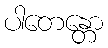
ပါတေန္တော